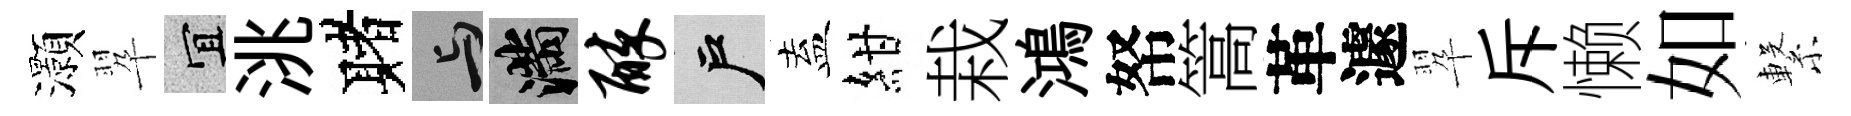
灝翆宜洮赌与滿醉户盍紺栽鴻帑篙革遽翆斥懒如繋